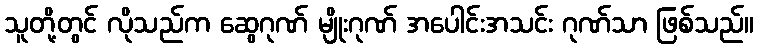
သူတို့တွင် လိုသည်က ဆွေဂုဏ် မျိုးဂုဏ် အပေါင်းအသင်း ဂုဏ်သာ ဖြစ်သည်။